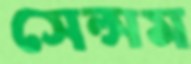
সেল্সম